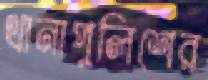
থানাপুলিশের